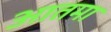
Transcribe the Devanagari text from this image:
आतमा